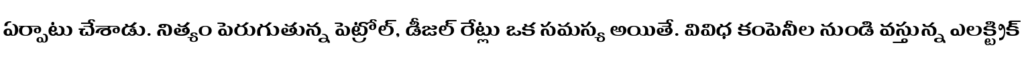
ఏర్పాటు చేశాడు. నిత్యం పెరుగుతున్న పెట్రోల్, డీజల్ రేట్లు ఒక సమస్య అయితే. వివిధ కంపెనీల నుండి వస్తున్న ఎలక్ట్రిక్